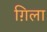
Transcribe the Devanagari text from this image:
ग़िला